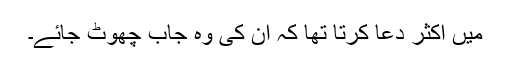
میں اکثر دعا کرتا تھا کہ ان کی وہ جاب چھوٹ جائے۔